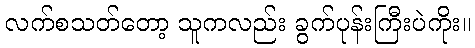
လက်စသတ်တော့ သူကလည်း ခွက်ပုန်းကြီးပဲကိုး။